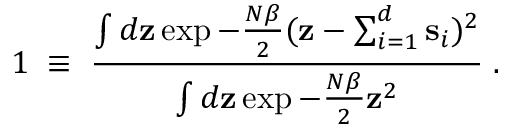
1 \; \equiv \; { \frac { \int d { \bf z } \exp - { \frac { N \beta } { 2 } } ( { \bf z } - \sum _ { i = 1 } ^ { d } { \bf s } _ { i } ) ^ { 2 } } { \int d { \bf z } \exp - { \frac { N \beta } { 2 } } { \bf z } ^ { 2 } } } \; .